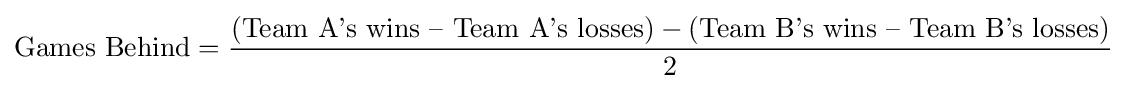
{\text{Games Behind}}={\frac {({\text{Team A's wins – Team A's losses}})-({\text{Team B's wins – Team B's losses}})}{2}}